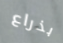
بذراع